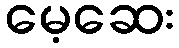
မေ့ဆေး